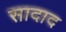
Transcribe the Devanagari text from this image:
सादाद